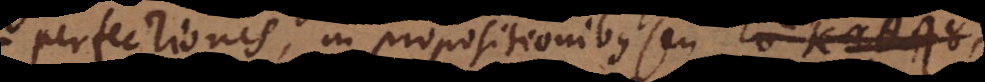
perfectionis, in propositionibus seu κατα